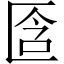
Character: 𠤿